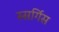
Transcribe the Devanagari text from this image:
स्सर्गिस